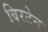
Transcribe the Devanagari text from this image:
बि्रटेन